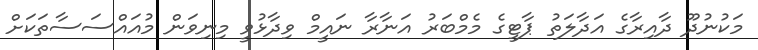
މަކުނުދޫ ދާއިރާގެ އަދާލަތު ޕާޓީގެ މެމްބަރު އަނާރާ ނައީމް ވިދާޅުވީ މިނިވަން މުއައްސަސާތަކަށް